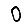
Digit: 0